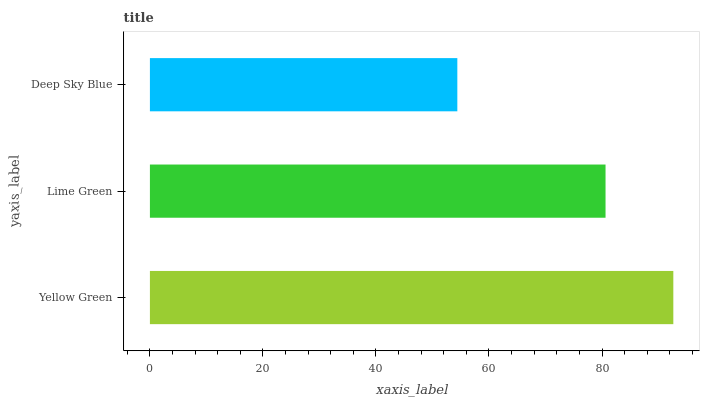
| yaxis_label | bars |
 | --- | --- |
 | Yellow Green | 92.6 |
 | Lime Green | 80.6 |
 | Deep Sky Blue | 54.4 |